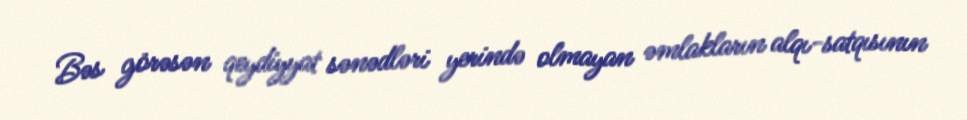
Bəs görəsən qeydiyyat sənədləri yerində olmayan əmlakların alqı-satqısının